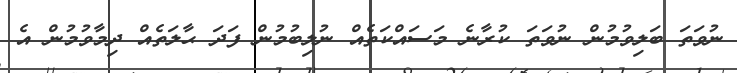
ނުވަތަ ބަލިވުމުން ނުވަތަ ކުރާނެ މަސައްކަތެއް ނުލިބުމުން ފަދަ ޙާލަތެއް ދިމާވުމުން އެ